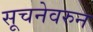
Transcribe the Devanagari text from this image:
सूचनेवरुन